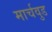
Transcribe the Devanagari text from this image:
मार्चवुड